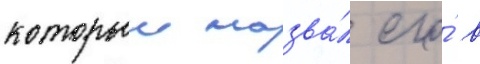
которыи назва́л его́ в